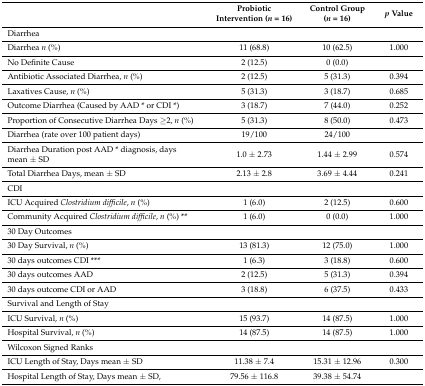
|  | Probiotic Intervention (n = 16) | Control Group (n = 16) | p Value |
 | --- | --- | --- | --- |
 | Diarrhea |  |  |  |
 | Diarrhea n (%) | 11 (68.8) | 10 (62.5) | 1.000 |
 | No Definite Cause | 2 (12.5) | 0 (0.0) |  |
 | Antibiotic Associated Diarrhea, n (%) | 2 (12.5) | 5 (31.3) | 0.394 |
 | Laxatives Cause, n (%) | 5 (31.3) | 3 (18.7) | 0.685 |
 | Outcome Diarrhea (Caused by AAD * or CDI *) | 3 (18.7) | 7 (44.0) | 0.252 |
 | Proportion of Consecutive Diarrhea Days ≥2, n (%) | 5 (31.3) | 8 (50.0) | 0.473 |
 | Diarrhea (rate over 100 patient days) | 19/100 | 24/100 |  |
 | Diarrhea Duration post AAD * diagnosis, days mean ± SD | 1.0 ± 2.73 | 1.44 ± 2.99 | 0.574 |
 | Total Diarrhea Days, mean ± SD | 2.13 ± 2.8 | 3.69 ± 4.44 | 0.241 |
 | CDI |  |  |  |
 | ICU Acquired Clostridium difficile, n (%) | 1 (6.0) | 2 (12.5) | 0.600 |
 | Community Acquired Clostridium difficile, n (%) ** | 1 (6.0) | 0 (0.0) | 1.000 |
 | 30 Day Outcomes |  |  |  |
 | 30 Day Survival, n (%) | 13 (81.3) | 12 (75.0) | 1.000 |
 | 30 days outcomes CDI *** | 1 (6.3) | 3 (18.8) | 0.600 |
 | 30 days outcomes AAD | 2 (12.5) | 5 (31.3) | 0.394 |
 | 30 days outcome CDI or AAD | 3 (18.8) | 6 (37.5) | 0.433 |
 | Survival and Length of Stay |  |  |  |
 | ICU Survival, n (%) | 15 (93.7) | 14 (87.5) | 1.000 |
 | Hospital Survival, n (%) | 14 (87.5) | 14 (87.5) | 1.000 |
 | Wilcoxon Signed Ranks |  |  |  |
 | ICU Length of Stay, Days mean ± SD | 11.38 ± 7.4 | 15.31 ± 12.96 | 0.300 |
 | Hospital Length of Stay, Days mean ± SD, | 79.56 ± 116.8 | 39.38 ± 54.74 |  |